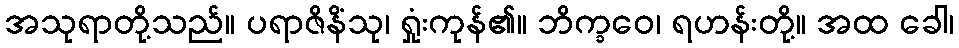
အသုရာတို့သည်။ ပရာဇိနိံသု၊ ရှုံးကုန်၏။ ဘိက္ခဝေ၊ ရဟန်းတို့။ အထ ခေါ၊